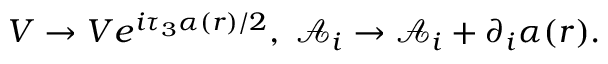
V \rightarrow V e ^ { i \tau _ { 3 } \alpha ( r ) / 2 } , \; { \mathcal { A } } _ { i } \rightarrow { \mathcal { A } } _ { i } + \partial _ { i } \alpha ( r ) .